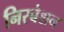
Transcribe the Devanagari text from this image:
निस्बेशन